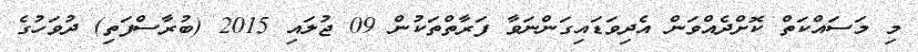
މި މަސައްކަތް ކޮށްދެއްވަން އެދިވަޑައިގަންނަވާ ފަރާތްތަކުން 09 ޖުލައި 2015 (ބުރާސްފަތި) ދުވަހުގެ